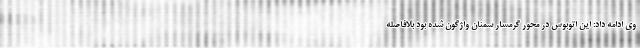
وی ادامه داد: این اتوبوس در محور گرمسار سمنان واژگون شده بود بلافاصله